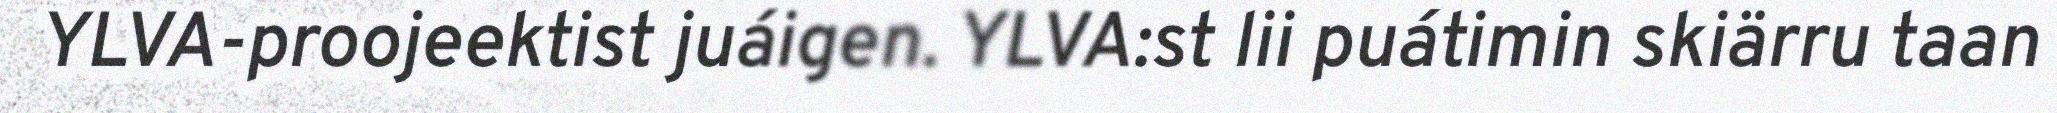
YLVA-proojeektist juáigen. YLVA:st lii puátimin skiärru taan